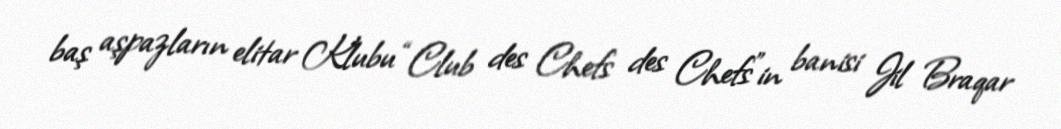
baş aşpazların elitar Klubu “Club des Chefs des Chefs”in banisi Jil Braqar